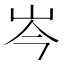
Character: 岑